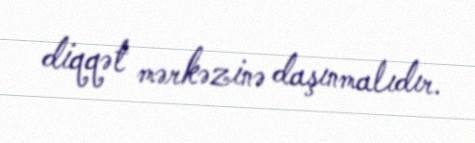
diqqət mərkəzinə daşınmalıdır.